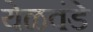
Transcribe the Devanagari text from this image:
येळवंडे